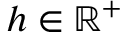
h \in \mathbb { R } ^ { + }